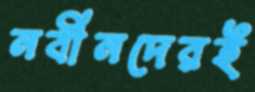
নবীনদেরই